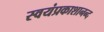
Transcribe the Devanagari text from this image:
स्वयंप्रकाशानन्द